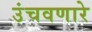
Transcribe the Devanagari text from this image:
उंचवणारे